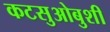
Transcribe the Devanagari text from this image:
कटसुओबुशी